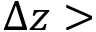
\Delta z >